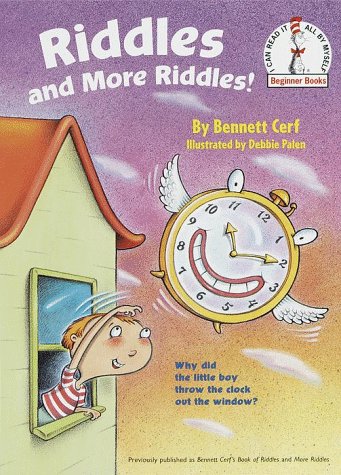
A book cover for Riddles & More Riddles (Beginner Books(R)); Bennett Cerf; Children's Books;